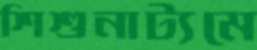
শিশুনাট্যমে